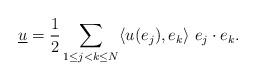
LaTeX: \begin{align*}\underline{u}=\frac{1}{2}\sum_{1\leq j<k\leq N}\langle u(e_j),e_k\rangle\ e_j\cdot e_k.\end{align*}